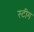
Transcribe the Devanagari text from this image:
स्टीग